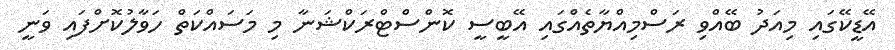
އޭޑީކޭގައި މިއަދު ބޭއްވި ރަސްމިއްޔާތެއްގައި އޭބީސީ ކޮންސްޓްރަކްޝަނާ މި މަސައްކަތް ހަވާލުކޮށްފައި ވަނީ